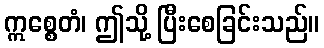
ဣစ္စေတံ၊ ဤသို့ ပြီးစေခြင်းသည်။